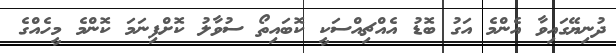
ދުނިޔޭގައިވާ އެންމެ އަގު ބޮޑު އެއްޗިއްސަކީ ކޮބައިތޯ ސުވާލު ކޮށްފިނަމަ ކޮންމެ މީހެއްގެ